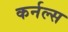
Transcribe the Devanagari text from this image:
कर्नल्‍स